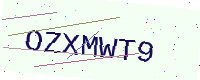
Text: OZXMWT9